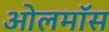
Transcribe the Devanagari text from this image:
ओलमॉस